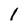
Character: l